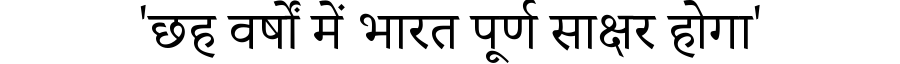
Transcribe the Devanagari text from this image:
'छह वर्षों में भारत पूर्ण साक्षर होगा'